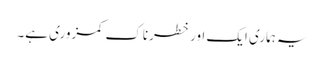
یہ ہماری ایک اور خطرناک کمزوری ہے۔